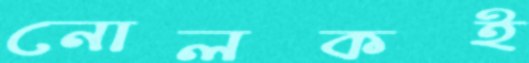
নোলকই